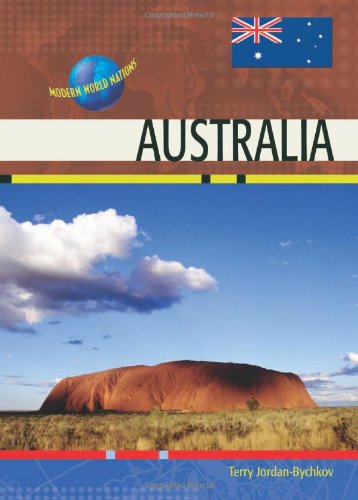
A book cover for Australia (Modern World Nations); Terry G. Jordan-Bychkov; Children's Books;